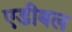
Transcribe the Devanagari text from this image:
एडीबल